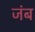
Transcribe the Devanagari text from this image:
जंब